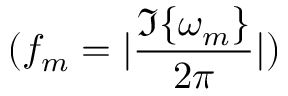
( f _ { m } = | \frac { \Im \{ \omega _ { m } \} } { 2 \pi } | )